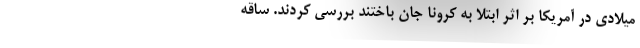
میلادی در آمریکا بر اثر ابتلا به کرونا جان باختند بررسی کردند. ساقه